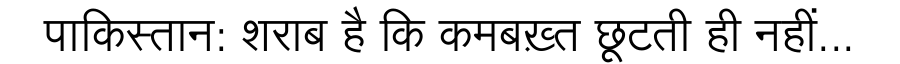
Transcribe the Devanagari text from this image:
पाकिस्तान: शराब है कि कमबख़्त छूटती ही नहीं...